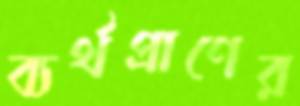
ব্যর্থপ্রাণের